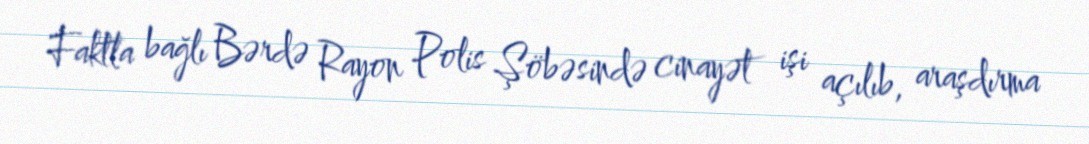
Faktla bağlı Bərdə Rayon Polis Şöbəsində cinayət işi açılıb, araşdırma